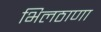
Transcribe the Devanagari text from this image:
भिलठाणा